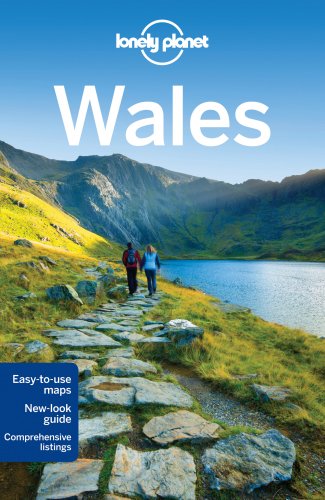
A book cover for Lonely Planet Wales (Travel Guide); Lonely Planet; Travel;